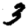
Digit: 3